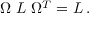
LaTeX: \Omega \ { \cal L } \ \Omega ^ { T } = { \cal L } \, .